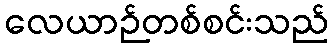
လေယာဉ်တစ်စင်းသည်